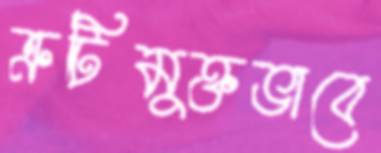
ত্রুটিমুক্তভাবে